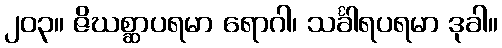
၂၀၃။ ဇိဃစ္ဆာပရမာ ရောဂါ၊ သင်္ခါရပရမာ ဒုခါ။